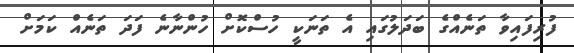
ފުރިފައިވާ ތަނެއްގެ ބަދަލުގައި އެ ތަނަކީ ހުސްކޮށް ހުންނާނެ ފަދަ ތަނެއް ކަމަށް